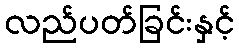
လည်ပတ်ခြင်းနှင့်